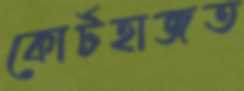
কোর্টহাজত